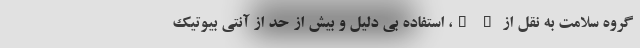
گروه سلامت به نقل از " "، استفاده بی دلیل و بیش از حد از آنتی بیوتیک